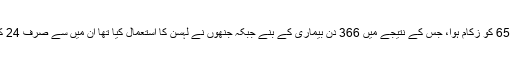
پلیسبو استعمال کرنے والے افراد میں سے 65 کو زکام ہوا، جس کے نتیجے میں 366 دن بیماری کے بنے جبکہ جنھوں نے لہسن کا استعمال کیا تھا ان میں سے صرف 24 کو زکام ہوا، یعنی ان کی بیماری 111 دن۔